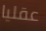
عقليا